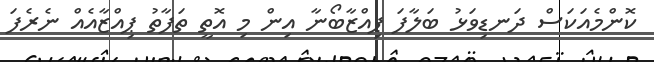
ކޮންމެއަކަސް ދަނޑިވަޅު ބަލާފަ ޕިއްޒާބޯނާ އިން މި އޮތީ ތަފާތު ޕިއްޒާއެއް ނެރެފަ